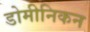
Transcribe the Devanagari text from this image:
डोमीनिकन